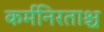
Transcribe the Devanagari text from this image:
कर्मनिरताश्च